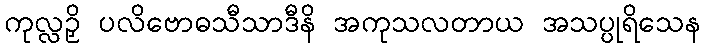
ကုလ္လဉှိ ပလိဗောဓသီသာဒီနိ အကုသလတာယ အသပ္ပုရိသေန